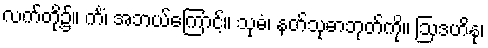
လက်တို့၌။ ကိံ၊ အဘယ်ကြောင့်။ သုဓံ၊ နတ်သုဓာဘုတ်ကို။ ဩဒဟိနု၊